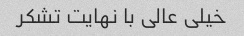
خیلی عالی با نهایت تشکر